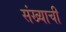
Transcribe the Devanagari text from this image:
संख्याची